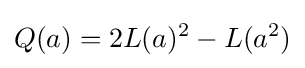
Q(a)=2L(a)^{2}-L(a^{2})